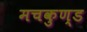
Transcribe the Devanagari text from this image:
मचकुण्ड